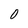
Character: 0